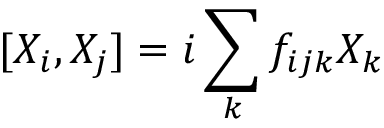
[ { X } _ { i } , { X } _ { j } ] = i \sum _ { k } f _ { i j k } { X } _ { k }